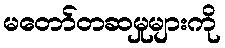
မတော်တဆမှုများကို